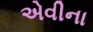
એવીના